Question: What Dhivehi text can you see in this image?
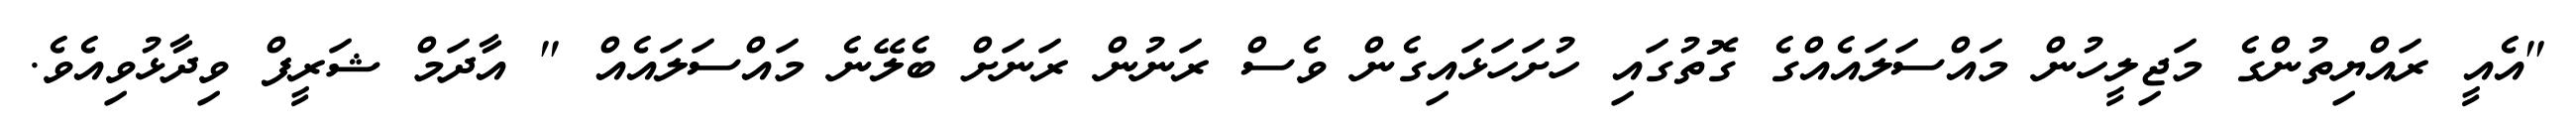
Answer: "އެއީ ރައްޔިތުންގެ މަޖިލީހުން މައްސަލައެއްގެ ގޮތުގައި ހުށަހަޅައިގެން ވެސް ރަނުން ރަނަށް ބެލޭނެ މައްސަލައެއް " އާދަމް ޝަރީފް ވިދާޅުވިއެވެ.